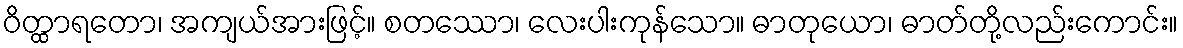
ဝိတ္ထာရတော၊ အကျယ်အားဖြင့်။ စတဿော၊ လေးပါးကုန်သော။ ဓာတုယော၊ ဓာတ်တို့လည်းကောင်း။